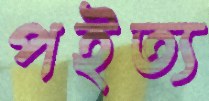
পইত্য